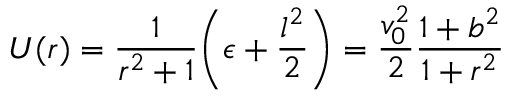
U ( r ) = { \frac { 1 } { r ^ { 2 } + 1 } } \biggl ( \epsilon + { \frac { l ^ { 2 } } { 2 } } \biggr ) = { \frac { v _ { 0 } ^ { 2 } } { 2 } } { \frac { 1 + b ^ { 2 } } { 1 + r ^ { 2 } } }